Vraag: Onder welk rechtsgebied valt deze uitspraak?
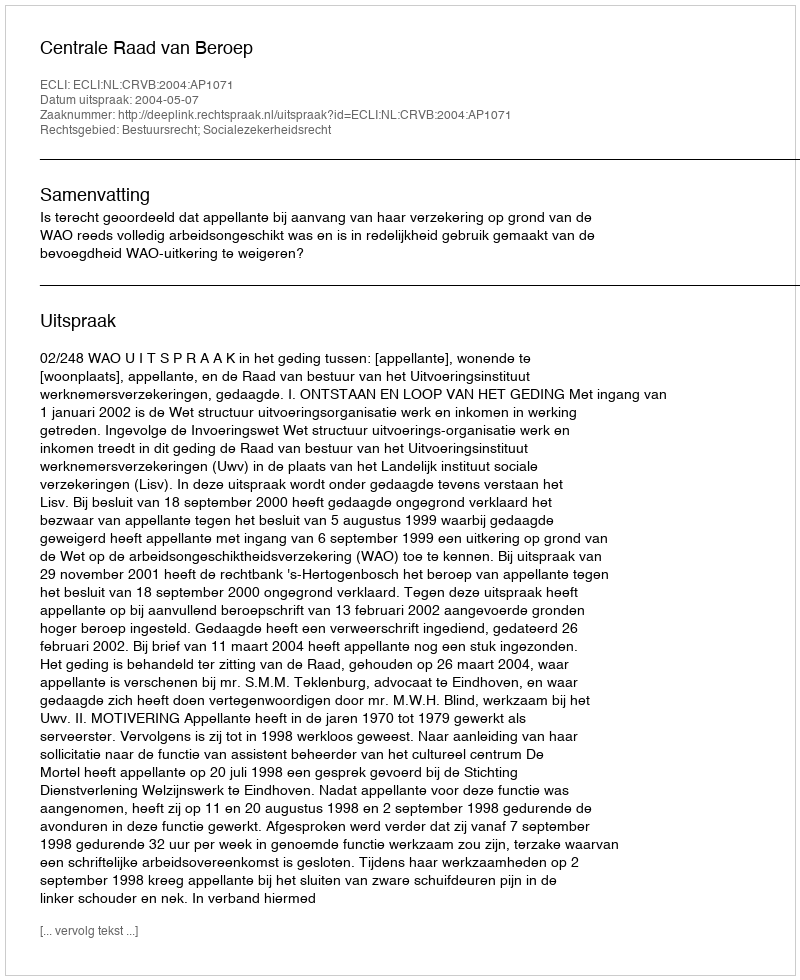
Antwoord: Bestuursrecht; Socialezekerheidsrecht